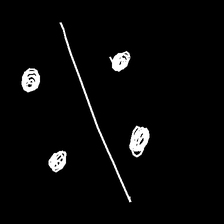
Glyph: cool